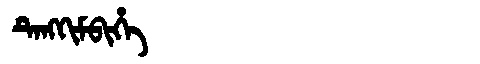
Manchu: ᡨᡝᠩᡴᡳᠮᠪᡳᡥᡝ
Romanization: TENGKIMBIHE